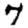
Digit: 7